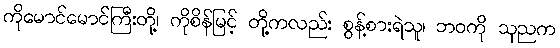
ကိုမောင်မောင်ကြီးတို့၊ ကိုစိန်မြင့် တို့ကလည်း စွန့်စားရဲသူ၊ ဘဝကို သုညက